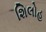
શિલોહ